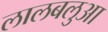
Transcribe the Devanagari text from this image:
लालबलुआ